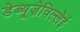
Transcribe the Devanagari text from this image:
डेब्यूज़ेविल्लेई